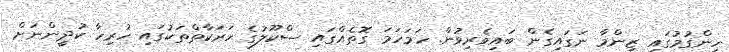
ހިންގުމުގައި ޒިންމާ ނަގައިގެން ބައިވެރިވުން. ހަމަހަމަ ގޮތެއްގައި ސްކޫލުގެ ހަރަކާތްތަކުގައި ހުރިހާ ކުދީންނަށް